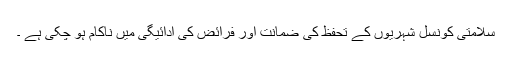
سلامتی کونسل شہریوں کے تحفظ کی ضمانت اور فرائض کی ادائیگی میں ناکام ہو چکی ہے ۔